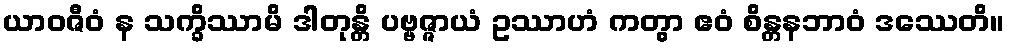
ယာဝဇီဝံ န သက္ခိဿာမိ ဒါတုန္တိ ပဗ္ဗဇ္ဇာယံ ဥဿာဟံ ကတွာ ဧဝံ စိန္တနဘာဝံ ဒဿေတိ။